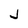
Character: j